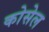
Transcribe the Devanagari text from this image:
कोसेल